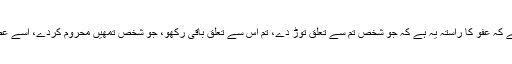
خذالعفو کے ذیل میں آپ (ص) کی مشہور حدیث ہے کہ عفو کا راستہ یہ ہے کہ جو شخص تم سے تعلق توڑ دے، تم اس سے تعلق باقی رکھو، جو شخص تمھیں محروم کردے، اسے عطا کرو، اور جو تم پر ظلم کرے اسے معاف کر دو۔